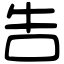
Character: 吿